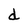
Character: d